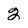
Character: 2